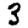
Digit: 3